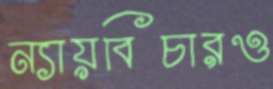
ন্যায়বিচারও